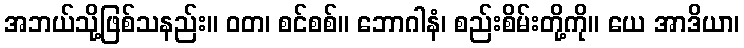
အဘယ်သို့ဖြစ်သနည်း။ ဝတ၊ စင်စစ်။ ဘောဂါနံ၊ စည်းစိမ်းတို့ကို။ ယေ အာဒိယာ၊